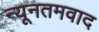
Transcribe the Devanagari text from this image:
न्यूनतमवाद